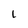
Character: l